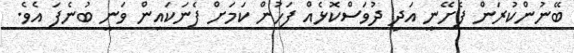
ބޭނުންކުރަން ފެށޭނީ އަދި ދުވަސްކޮޅެއް ފަހުން ކަމަށް ފެނަކައިން ވަނީ ބުނެފަ އެވެ.